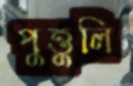
পুত্তুলি